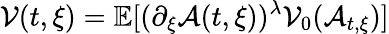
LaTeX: \mathcal{V}(t,\xi)=\mathbb{E}[(\partial_{\xi}\mathcal{A}(t,\xi))^{\lambda}\mathcal{V}_{0}(\mathcal{A}_{t,\xi})]